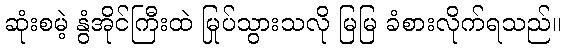
ဆုံးစမဲ့ နွံအိုင်ကြီးထဲ မြုပ်သွားသလို မြမြ ခံစားလိုက်ရသည်။